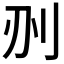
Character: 𠛂